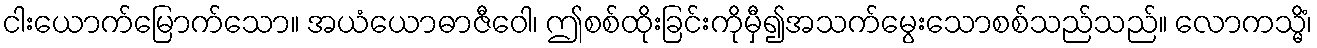
ငါးယောက်မြောက်သော။ အယံယောဓာဇီဝေါ၊ ဤစစ်ထိုးခြင်းကိုမှီ၍အသက်မွေးသောစစ်သည်သည်။ လောကသ္မိံ၊